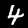
Digit: 4